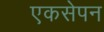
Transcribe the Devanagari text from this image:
एकसेपन